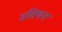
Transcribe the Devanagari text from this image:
उतियन